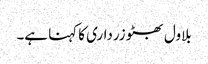
بلاول بھٹو زرداری کا کہنا ہے۔